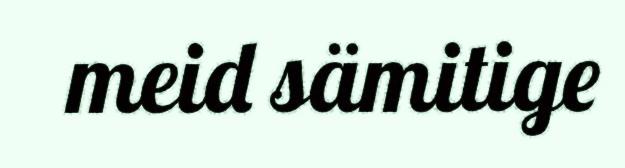
meid sämitige